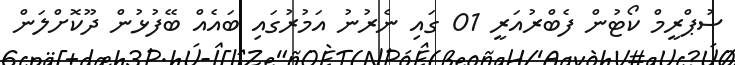
ސުޕްރީމް ކޯޓުން ފެބްރުއަރީ 01 ގައި ނެރުނު އަމުރުގައި ބައެއް ބޭފުޅުން ދޫކޮށްލަން